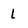
Character: l